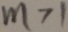
m > 1